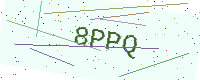
Text: 8PPQ